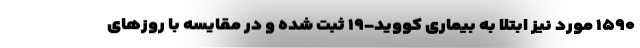
۱۵۹۰ مورد نیز ابتلا به بیماری کووید-۱۹ ثبت شده و در مقایسه با روزهای